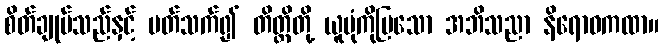
စိတ်ချုပ်သည်နှင့် ပတ်သက်၍ တိတ္ထိတို့ ယူပုံကိုပြသော အဘိသညာ နိရောဓကထာ။